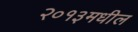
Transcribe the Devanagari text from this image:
२०१३मधील